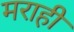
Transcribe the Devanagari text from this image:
मराही